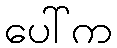
ပေါ်က